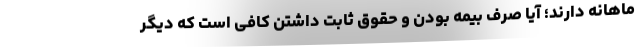
ماهانه دارند؛ آیا صرف بیمه بودن و حقوق ثابت داشتن کافی است که دیگر